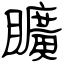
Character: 矌